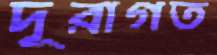
দূরাগত